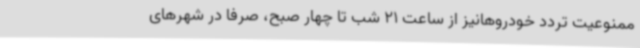
ممنوعیت تردد خودروهانیز از ساعت 21 شب تا چهار صبح، صرفا در شهرهای